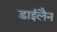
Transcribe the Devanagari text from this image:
डाईलैन